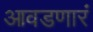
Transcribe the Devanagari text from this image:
आवडणारं